Report of the Indian Hemp Drugs Commission, 1894-1895 - Volume IV
Year: 1894
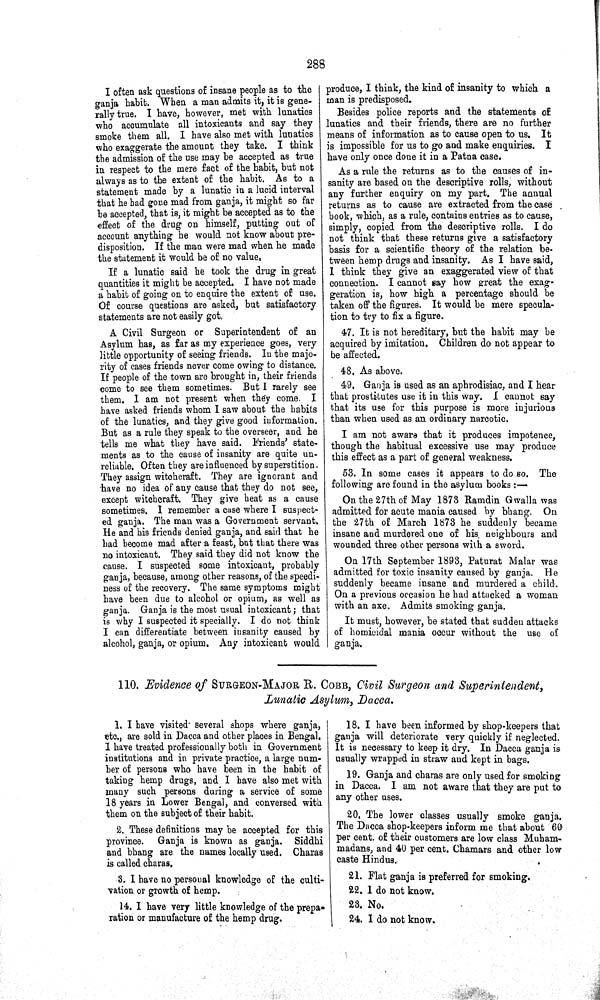
288
I often ask questions of insane people as to the
ganja habit. When a man admits it, it is gene-
rally true. I have, however, met with lunatics
who accumulate all intoxicants and say they
smoke them all. I have also met with lunatics
who exaggerate the amount they take. I think
the admission of the use may be accepted as true
in respect to the mere fact of the habit, but not
always as to the extent of the habit. As to a
statement made by a lunatic in a lucid interval
that he had gone mad from ganja, it might so far
be accepted, that is, it might be accepted as to the
effect of the drug on himself, putting out of
account anything he would not know about pre-
disposition. If the man were mad when he made
the statement it would be of no value,
If a lunatic said he took the drug in great
quantities it might be accepted. I have not made
a habit of going on to enquire the extent of use.
Of course questions are asked, but satisfactory
statements are not easily got.
A Civil Surgeon or Superintendent of an
Asylum has, as far as my experience goes, very
little opportunity of seeing friends. In the majo-
rity of cases friends never come owing to distance.
If people of the town are brought in, their friends
come to see them sometimes. But I rarely see
them. I am not present when they come. I
have asked friends whom I saw about the habits
of the lunatics, and they give good information.
But as a rule they speak to the overseer, and he
tells me what they have said. Friends' state-
ments as to the cause of insanity are quite un-
reliable. Often they are influenced by superstition.
They assign witchcraft. They are ignorant and
have no idea of any cause that they do not see,
except witchcraft. They give heat as a cause
sometimes. I remember a case where I suspect-
ed ganja. The man was a Government servant.
He and his friends denied ganja, and said that he
had become mad after a feast, but that there was
no intoxicant. They said they did not know the
cause. I suspected some intoxicant, probably
ganja, because, among other reasons, of the speedi-
ness of the recovery. The same symptoms might
have been due to alcohol or opium, as well as
ganja. Ganja is the most usual intoxicant; that
is why I suspected it specially. I do not think
I can differentiate between insanity caused by
alcohol, ganja, or opium. Any intoxicant would
produce, I think, the kind of insanity to which a
man is predisposed.
Besides police reports and the statements of
lunatics and their friends, there are no further
means of information as to cause open to us. It
is impossible for us to go and make enquiries. I
have only once done it in a Patna case.
As a rule the returns as to the causes of in-
sanity are based on the descriptive rolls, without
any further enquiry on my part. The annual
returns as to cause are extracted from the case
book, which, as a rule, contains entries as to cause,
simply, copied from the descriptive rolls. I do
not think that these returns give a satisfactory
basis for a scientific theory of the relation be-
tween hemp drugs and insanity. As I have said,
I think they give an exaggerated view of that
connection. I cannot say how great the exag-
geration is, how high a percentage should be
taken off the figures. It would be mere specula-
tion to try to fix a figure.
47. It is not hereditary, but the habit may be
acquired by imitation. Children do not appear to
be affected.
48. As above.
49. Ganja is used as an aphrodisiac, and I hear
that prostitutes use it in this way. I cannot say
that its use for this purpose is more injurious
than when used as an ordinary narcotic.
I am not aware that it produces impotence,
though the habitual excessive use may produce
this effect as a part of general weakness.
53. In some cases it appears to do so. The
following are found in the asylum books:—
On the 27th of May 1873 Ramdin Gwalla was
admitted for acute mania caused by bhang. On
the 27th of March 1873 he suddenly became
insane and murdered one of his neighbours and
wounded three other persons with a sword.
On 17th September 1893, Paturat Malar was
admitted for toxic insanity caused by ganja. He
suddenly became insane and murdered a child.
On a previous occasion he had attacked a woman
with an axe. Admits smoking ganja.
It must, however, be stated that sudden attacks
of homicidal mania occur without the use of
ganja.
110. Evidence of SURGEON-MAJOR R. COBB, Civil Surgeon and Superintendent,
Lunatic Asylum, Dacca.
1. I have visited several shops where ganja,
etc., are sold in Dacca and other places in Bengal.
I have treated professionally both in Government
institutions and in private practice, a large num-
ber of persons who have been in the habit of
taking hemp drugs, and I have also met with
many such persons during a service of some
18 years in Lower Bengal, and conversed with
them on the subject of their habit.
2. These definitions may be accepted for this
province. Ganja is known as ganja. Siddhi
and bhang are the names locally used. Charas
is called charas.
3. I have no personal knowledge of the culti-
vation or growth of hemp.
14. I have very little knowledge of the prepa-
ration or manufacture of the hemp drug.
18. I have been informed by shop-keepers that
ganja will deteriorate very quickly if neglected.
It is necessary to keep it dry. In Dacca ganja is
usually wrapped in straw and kept in bags.
19. Ganja and charas are only used for smoking
in Dacca. I am not aware that they are put to
any other uses.
20. The lower classes usually smoke ganja.
The Dacca shop-keepers inform me that about 60
per cent. of their customers are low class Muham-
madans, and 40 per cent. Chamars and other low
caste Hindus.
21. Flat ganja is preferred for smoking.
22. I do not know.
23. No.
24. I do not know.